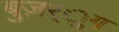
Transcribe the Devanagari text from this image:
बुज़ऱ्ुग